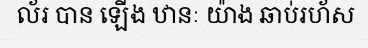
ល័រ បាន ឡើង ឋានៈ យ៉ាង ឆាប់រហ័ស